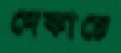
দেকাচে